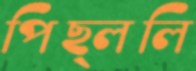
পিছ্‌ললি